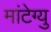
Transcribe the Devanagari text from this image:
मांटेग्यु